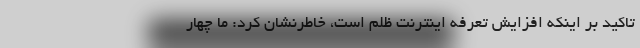
تاکید بر اینکه افزایش تعرفه اینترنت ظلم است، خاطرنشان کرد: ما چهار